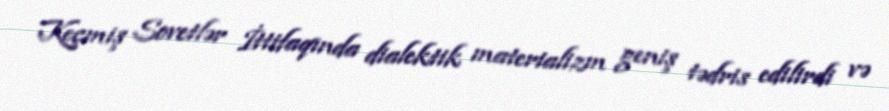
Keçmiş Sovetlər İttifaqında dialektik materializm geniş tədris edilirdi və